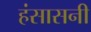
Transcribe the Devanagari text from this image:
हंसासनी